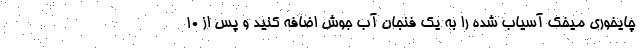
چایخوری میخک آسیاب شده را به یک فنجان آب جوش اضافه کنید و پس از ۱۰